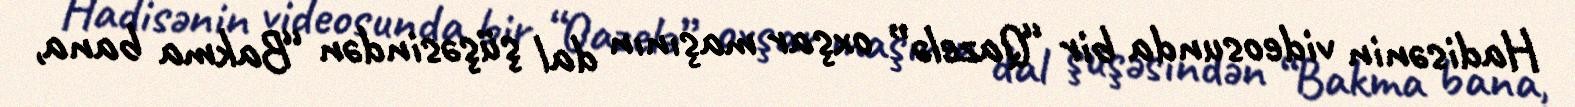
Hadisənin videosunda bir “Qazelə” oxşar maşının dal şüşəsindən “Bakma bana,